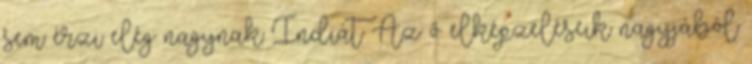
sem érzi elég nagynak Indiát Az ő elképzeléseik nagyjából